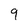
Character: 9